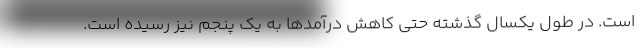
است. در طول یکسال گذشته حتی کاهش درآمدها به یک پنجم نیز رسیده است.